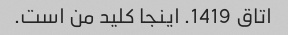
اتاق 1419. اینجا کلید من است.